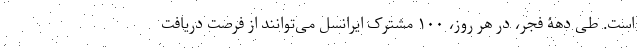
است. طی دهۀ فجر، در هر روز، ۱۰۰ مشترک ایرانسل می‌توانند از فرصت دریافت